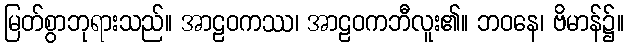
မြတ်စွာဘုရားသည်။ အာဠဝကဿ၊ အာဠဝကဘီလူး၏။ ဘဝနေ၊ ဗိမာန်၌။